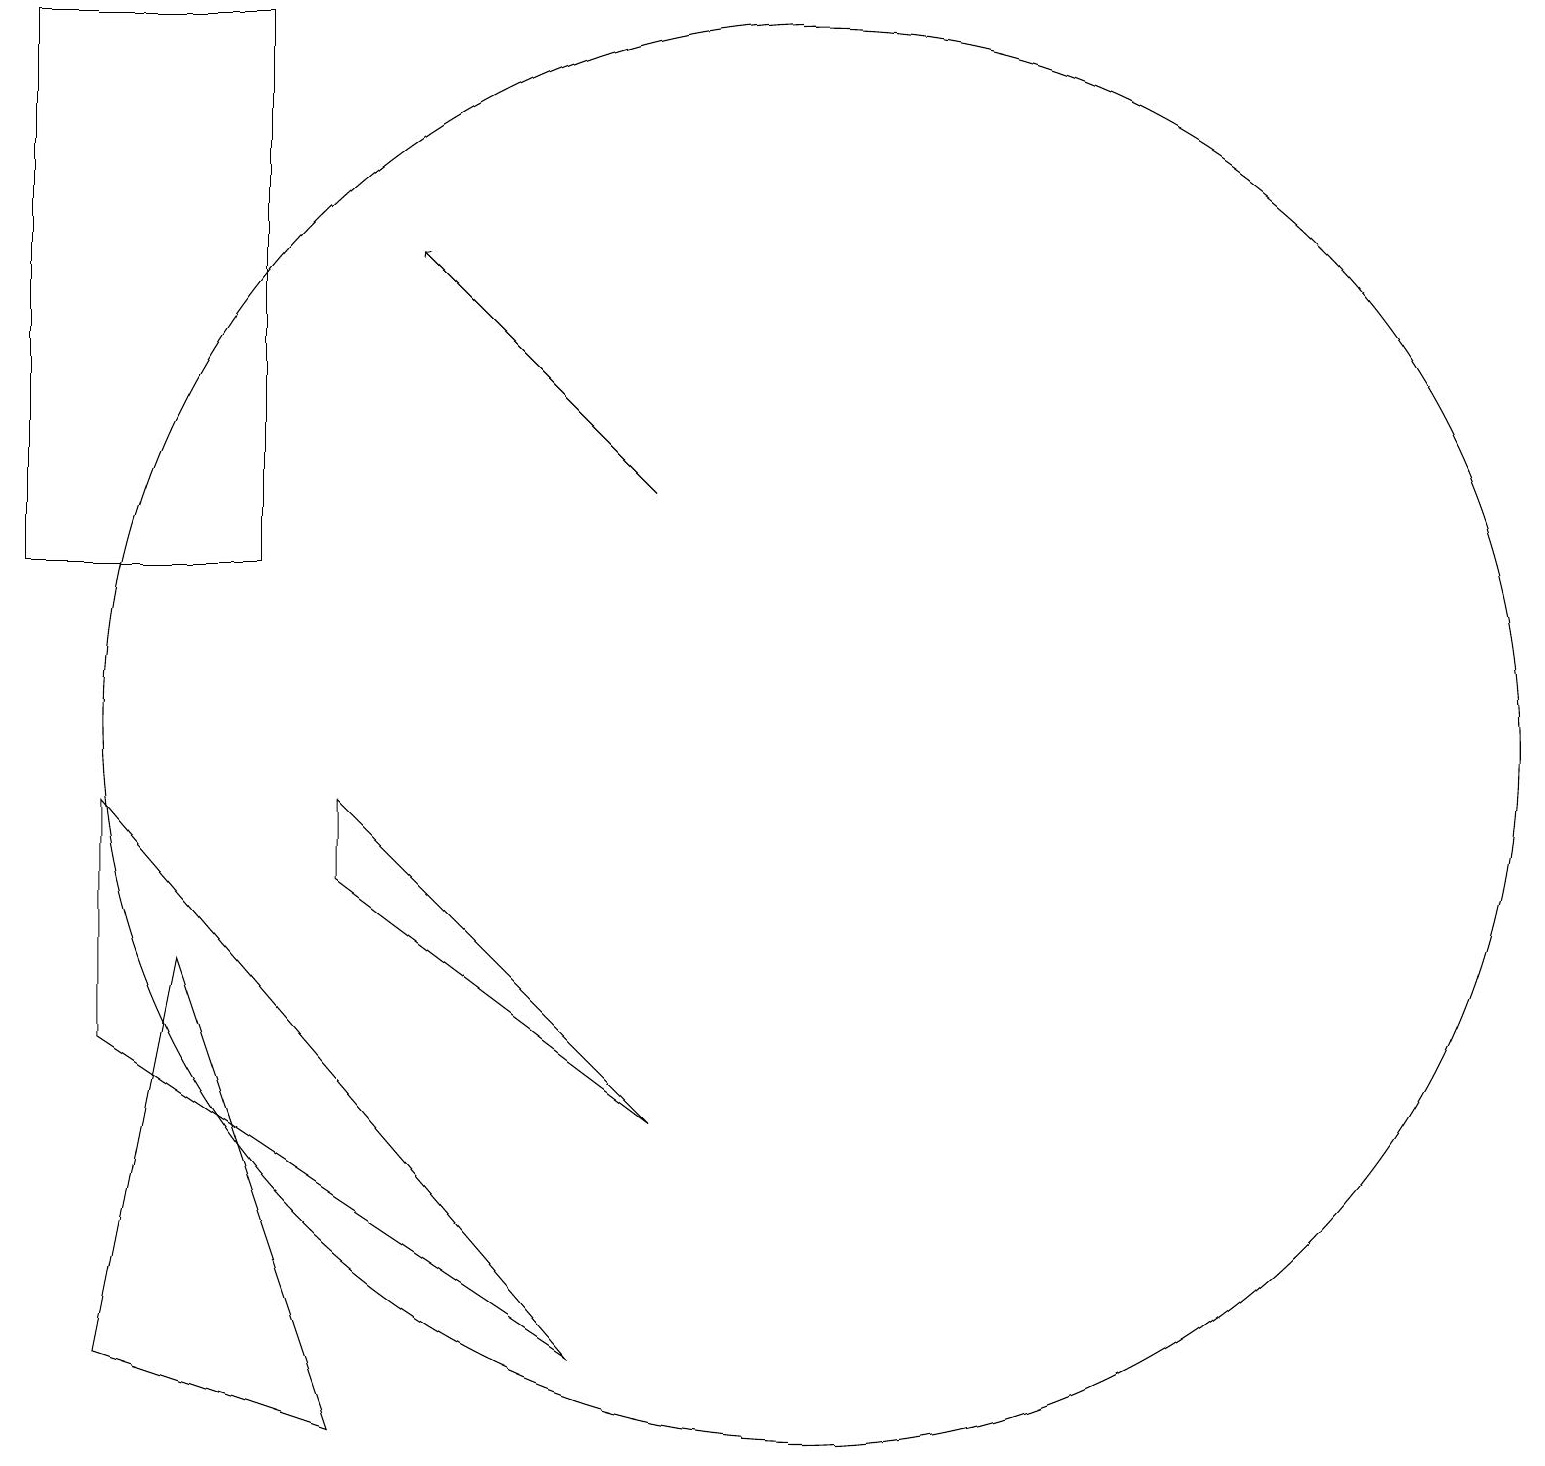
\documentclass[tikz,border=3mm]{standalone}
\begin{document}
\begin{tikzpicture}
\draw (11,10) circle (9);
\draw (4,19) rectangle (1,12);
\draw[->] (9,13) -- (6,16);
\draw (2,9) -- (2,6) -- (8,2) -- cycle;
\draw (5,8) -- (9,5) -- (5,9) -- cycle;
\draw (5,1) -- (3,7) -- (2,2) -- cycle;
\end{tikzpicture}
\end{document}